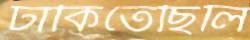
ঢাকিতেছিলি